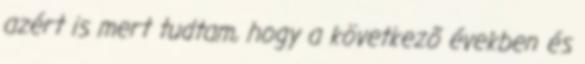
azért is mert tudtam, hogy a következõ években és